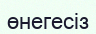
өнегесіз